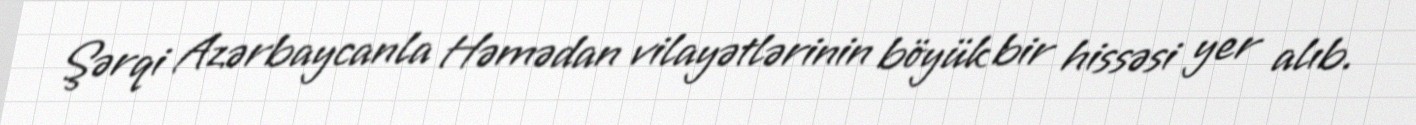
Şərqi Azərbaycanla Həmədan vilayətlərinin böyük bir hissəsi yer alıb.